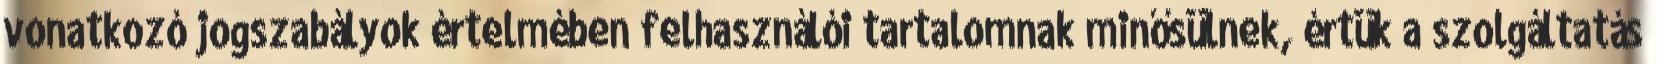
vonatkozó jogszabályok értelmében felhasználói tartalomnak minősülnek, értük a szolgáltatás